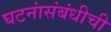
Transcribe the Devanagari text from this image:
घटनांसंबंधीची